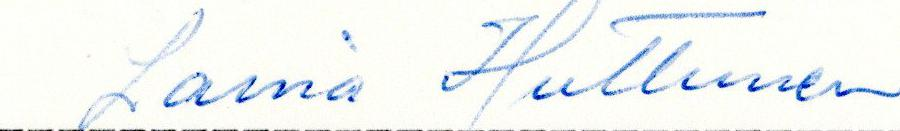
Laina Huttunen